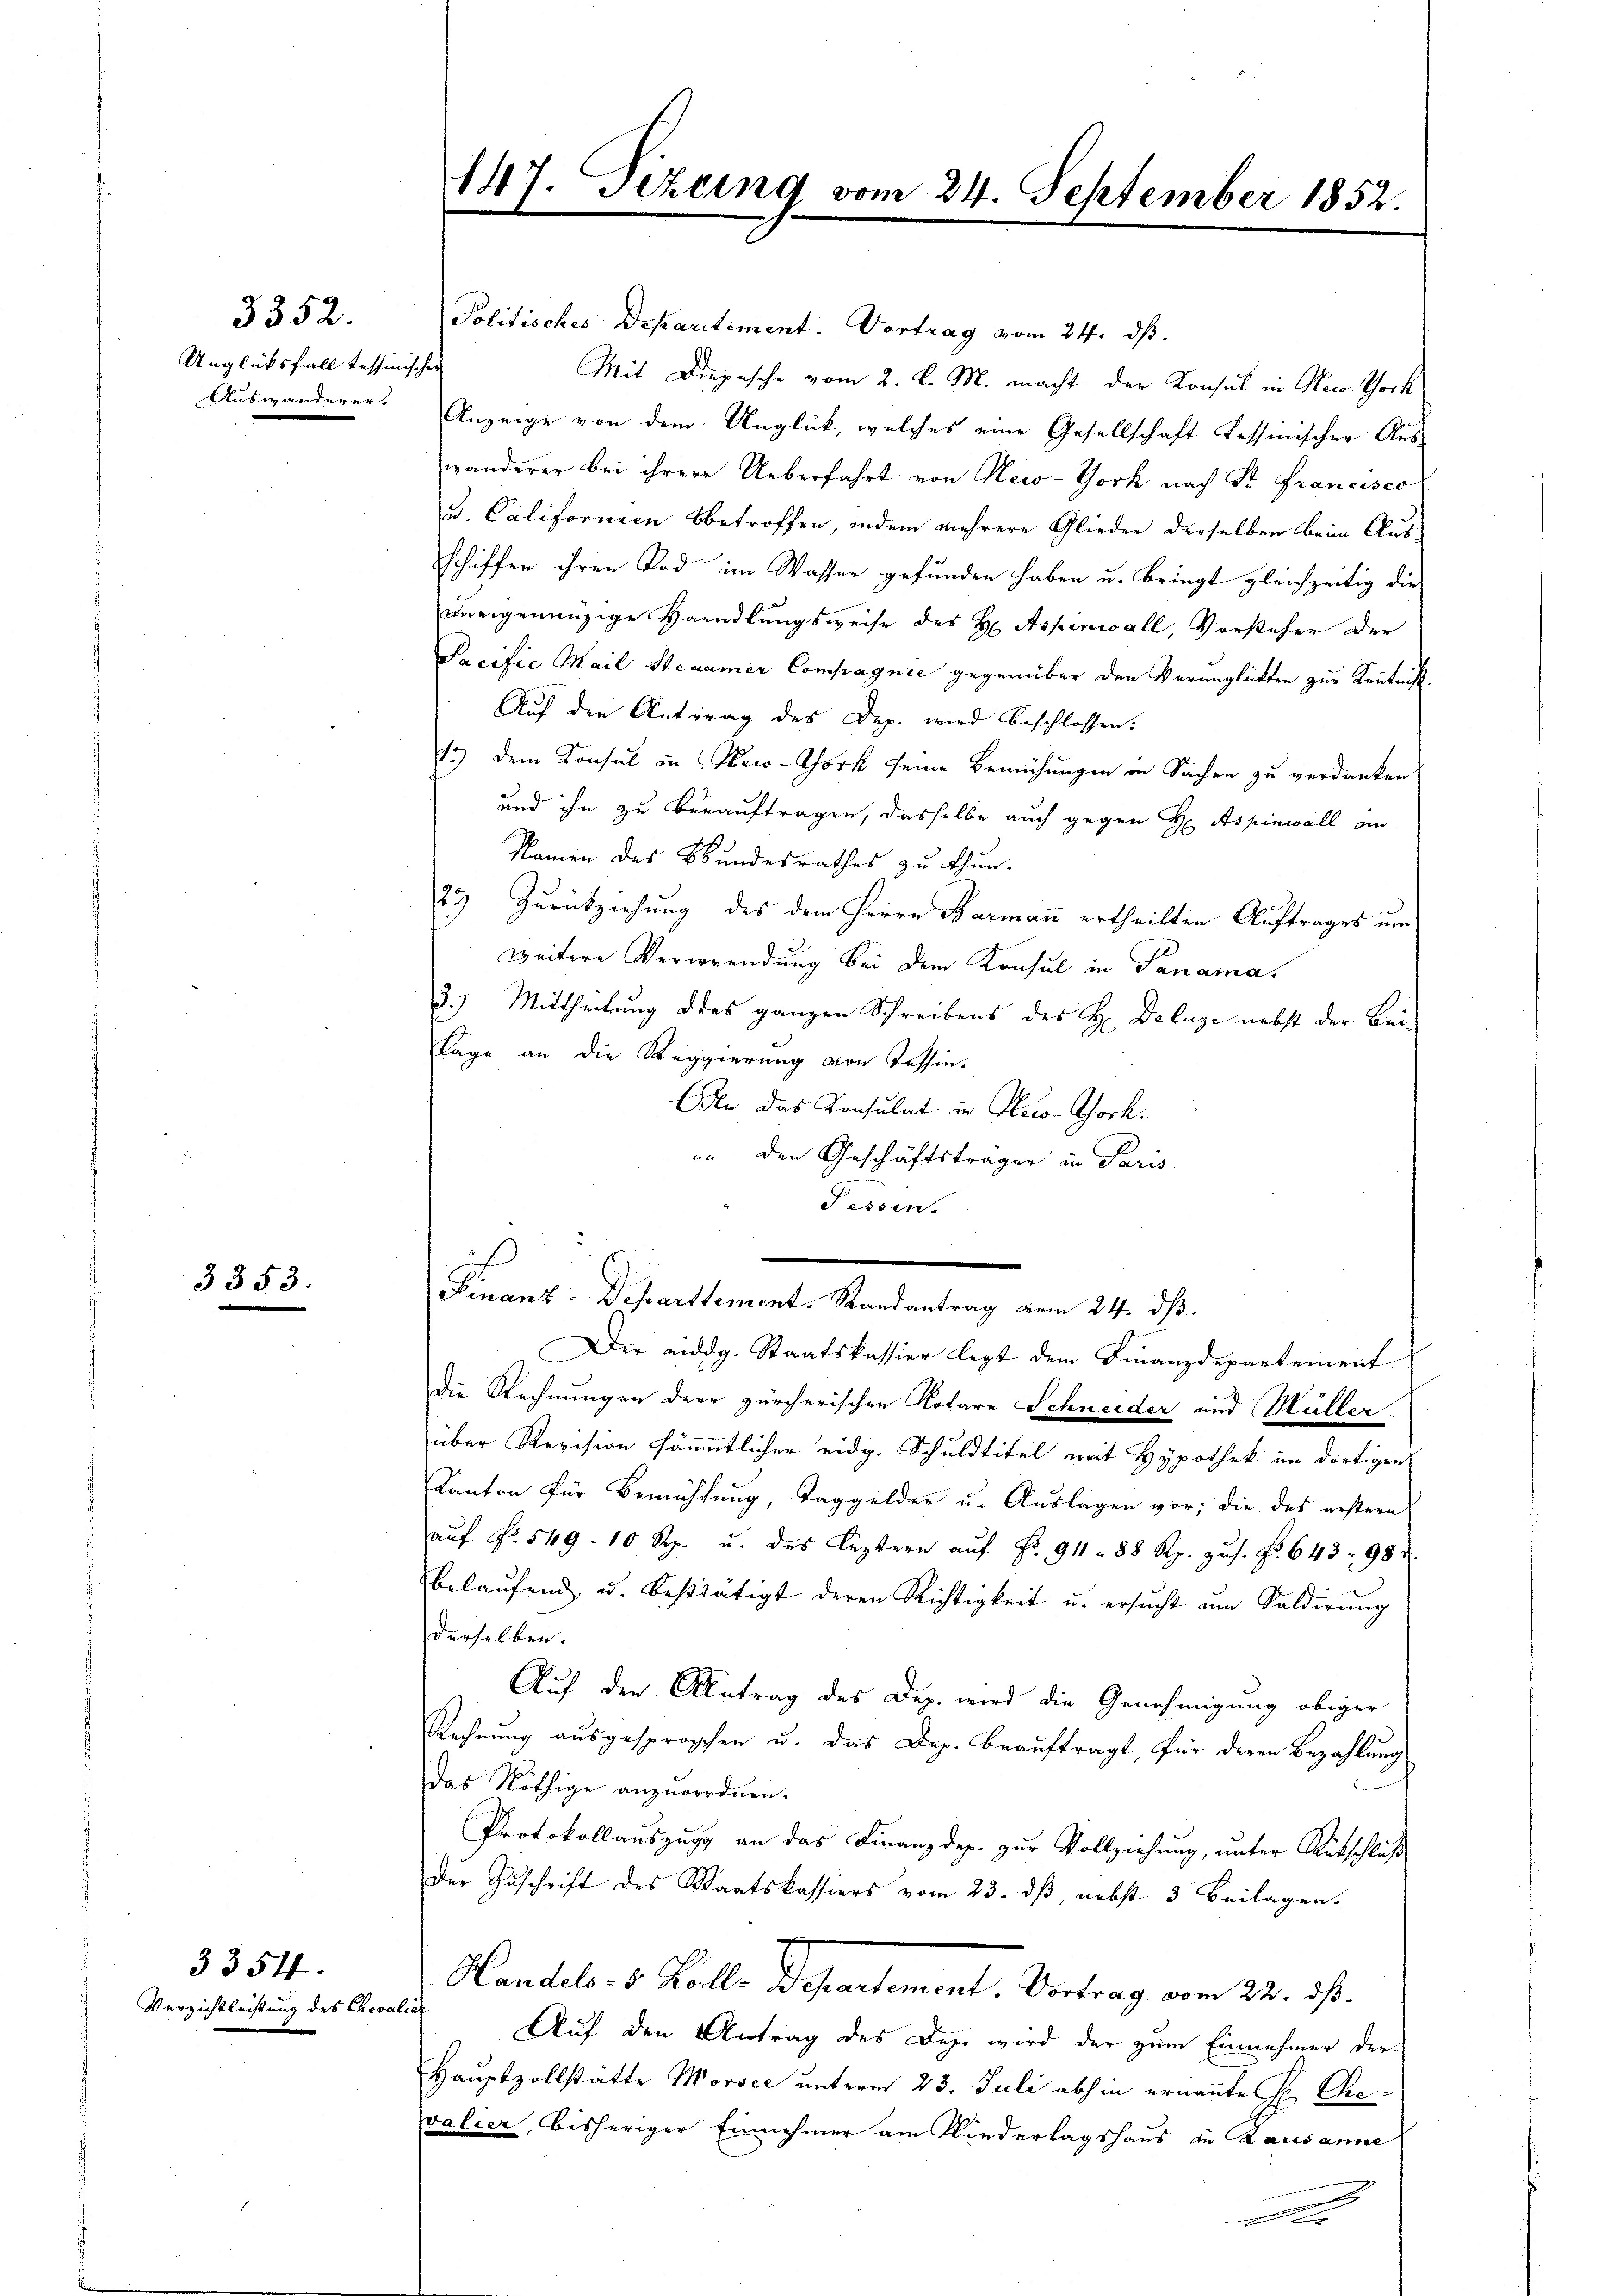
Unglücksfall tessinische
Auswanderer.

3352.

3353.

Verzichtleistung des Chevalie

3354.

147. Sezung vom 24. September 1852.

Politisches Departement. Vortrag vom 24. dβ.
Mit Diepesche vom 2. l. M. macht der Konsul in Neco-Thock
Anzeige von dem Unglück, welches eine Gesellschaft tessinischer Aus-
wanderer bei ihrere Ueberfahrt von New-York nach Sr. Francisco
u. Californien betroffen, indem mehrere Glieder derselben beim Aus¬
Schiffen ihren Tod im Wasser gefunden haben u. bringt gleichzeitig die
uneigenenzige Handlungsweise des H. Aspenwall, Vorstehen der
Pacific Mail Stecamer Compagnie gegenüber den Verunglükten zur Kenntniß¬
Auf den Antrag des Dep. wird beschlossen:
13) dem Konsul in Heco-Chork seine Bemühungen in Sachen zu verdanken
und ihn zu berauftragen, dasselbe auch gegen H Aspinwall an
Namen des Bundesrathes zu thun.
23 Zurückziehung des dem Herrn Barmann ertheilten Auftrages um
weitere Verwendung bei dem Konsul in Panama
3.) Mittheilung des ganzen Schreibens des H. Deluge nebst der Bei¬
Lage an die Reggierung von Tessin-
Aln das Konsulat in Neco-Chork
in den Geschäftsträger in Paris
Fessen.

Finanz-Departement. Randantrag vom 24. ds.

Die eidg. Staatskassier legt dem Finanzdepartement
Die Rechnungen der zürcherischen Rotare Schneider und Müller.
über Revision sämmtlicher eidg. Schuldtitel mit Hypothek im dortigen
Kanton für Bemühung, Taggelder u. Auslagen vor; die des erstern
aŭf Fr. 549. 10 Rp. u. des leztern aŭf Fr. 94. 88 Rp. zŭs. Fr. 643. 98 u.
belaŭfend u. bestätigt deren Richtigkeit u. ersŭcht am Saldirŭng
derselben.
Auf den Antrag des Dez. wird die Genehmigung obiger
Rechnung ausgesprochen u. das Dep. beauftragt, für deren Bezahlung
das Nöthige anzuordnen.
Protokollauszug an das Finanzdep. zur Vollziehung, unter Rutschlus
Der Zuschrift des Staatskassiers vom 23. ds, nebst 3 Beilagen.
Handels- 5. Kolle Departement. Vortrag vom 24. ds.
Auf den Antrag des Dez. wird der zum Einnehmer der
Hauptzollstatte Morsee unterm 23. Juli abhin ernannte Hr. Che
valier, bisheriger Einnehmer am Niederlagshaus zu Lausanne
A